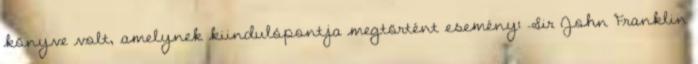
könyve volt, amelynek kiindulópontja megtörtént esemény: Sir John Franklin